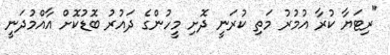
"ރިޓަޔާ ކުރާ އުމުރު މަތި ކުރަނީ ދޮށި މީހުންގެ ދައުރު ބޮޑުކޮށް އާއްމުދަނީ